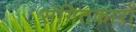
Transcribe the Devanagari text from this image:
संगितकारों